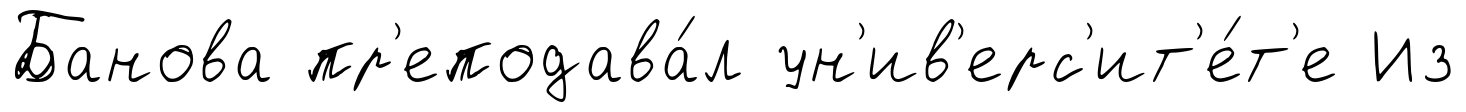
Банова пр'еподава́л ун'ив'ерс'ит'е́т'е Из